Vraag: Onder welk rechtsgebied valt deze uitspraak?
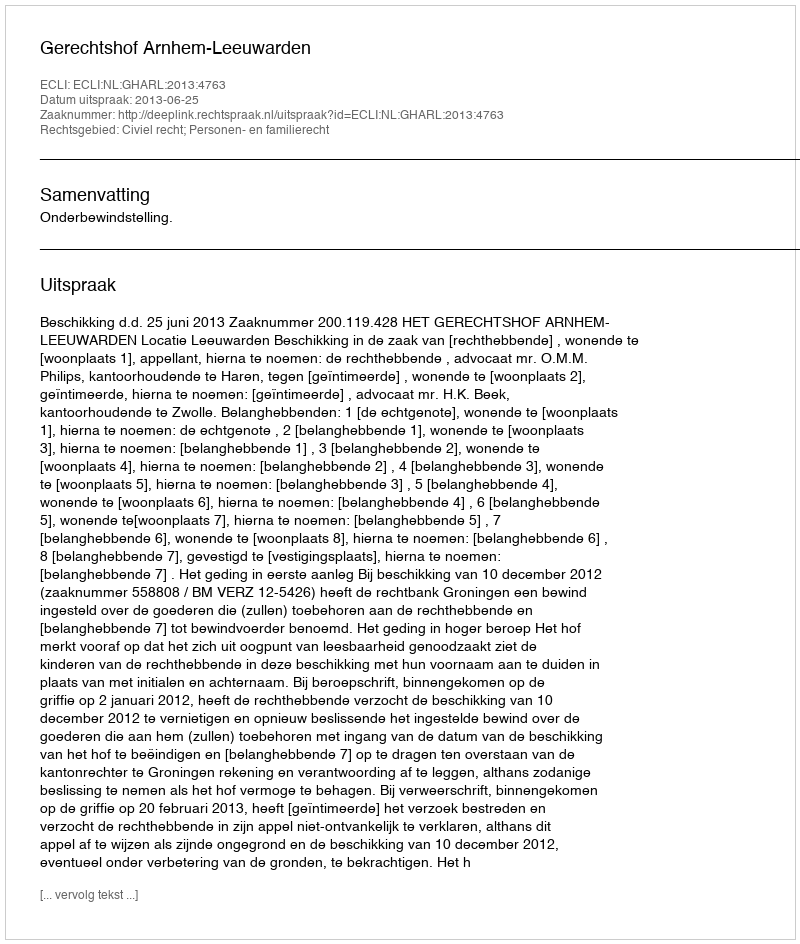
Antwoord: Civiel recht; Personen- en familierecht